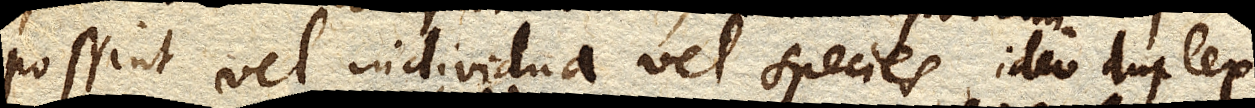
possint vel individua vel species, ideo duplex